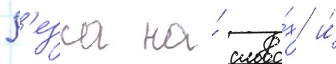
Р'езка на́ слова́х и́